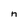
Character: n